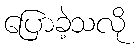
ပြောခဲ့သလို